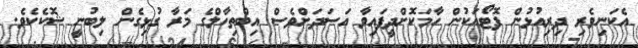
އެކަނިވެރި ދިރިއުޅުން ފޮޓޯއަކުން ހާމަކޮށްދީފައިވާ އަސަދަށްވެސް އިބްތިހާލްގެ މަރާ ގުޅިގެން ލިބުނީ ޝޮކެކެވެ.